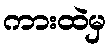
ကားထဲမှ